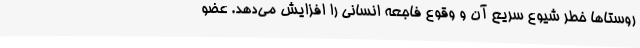
روستاها خطر شیوع سریع آن و وقوع فاجعه انسانی را افزایش می‌دهد. عضو